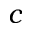
c